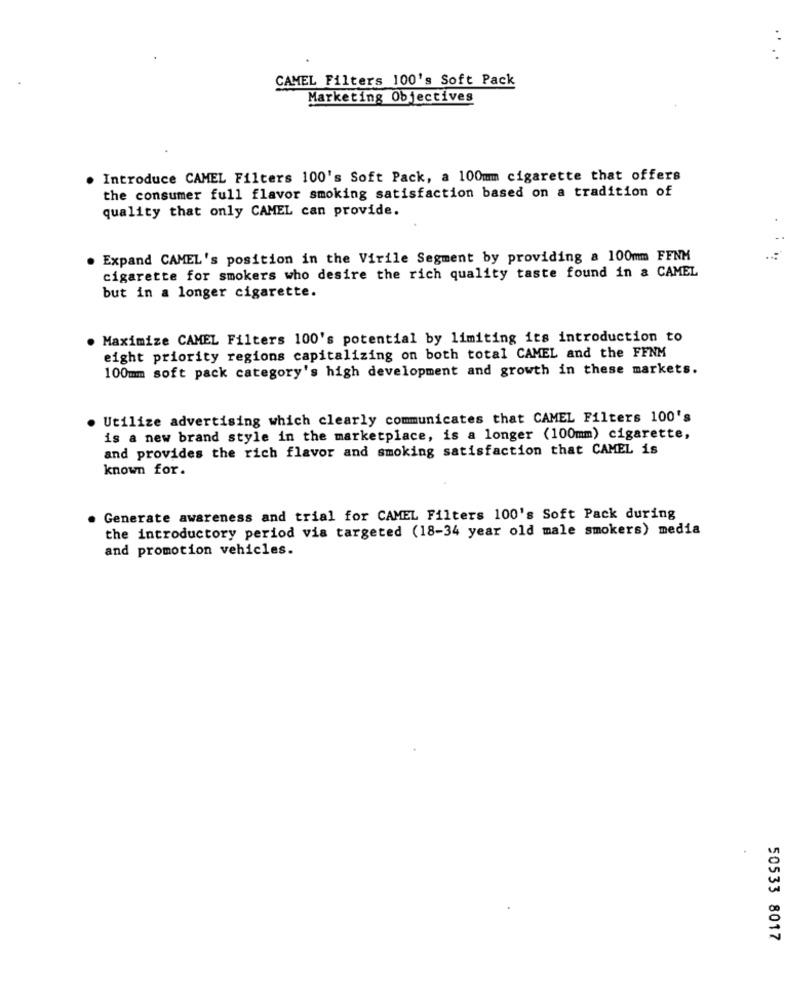
CAMEL Filters 100's Soft Pack
Marketing Objectives
. Introduce CAMEL Filters 100's Soft Pack, a 100mm cigarette that offers
the consumer full flavor smoking satisfaction based on a tradition of
quality that only CAMEL can provide.
. Expand CAMEL's position in the Virile Segment by providing a 100mm FFNM
cigarette for smokers who desire the rich quality taste found in a CAMEL
but in a longer cigarette.
Maximize CAMEL Filters 100's potential by limiting its introduction to
eight priority regions capitalizing on both total CAMEL and the FFNM
100mm soft pack category's high development and growth in these markets.
Utilize advertising which clearly communicates that CAMEL Filters 100's
is a new brand style in the marketplace, is a longer (100mm) cigarette,
and provides the rich flavor and smoking satisfaction that CAMEL is
known for.
Generate awareness and trial for CAMEL Filters 100's Soft Pack during
the introductory period vis targeted (18-34 year old male smokers) media
and promotion vehicles.
50533 8017